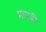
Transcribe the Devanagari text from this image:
मापही